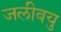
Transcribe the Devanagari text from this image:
जलीवयु